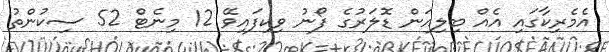
އެމެރިކާގައި އެއް ބިލިއަން ޑޮލަރުގެ ފޯނު ވިކިފައިވޭ 12 މިނެޓް 52 ސިކުންތު